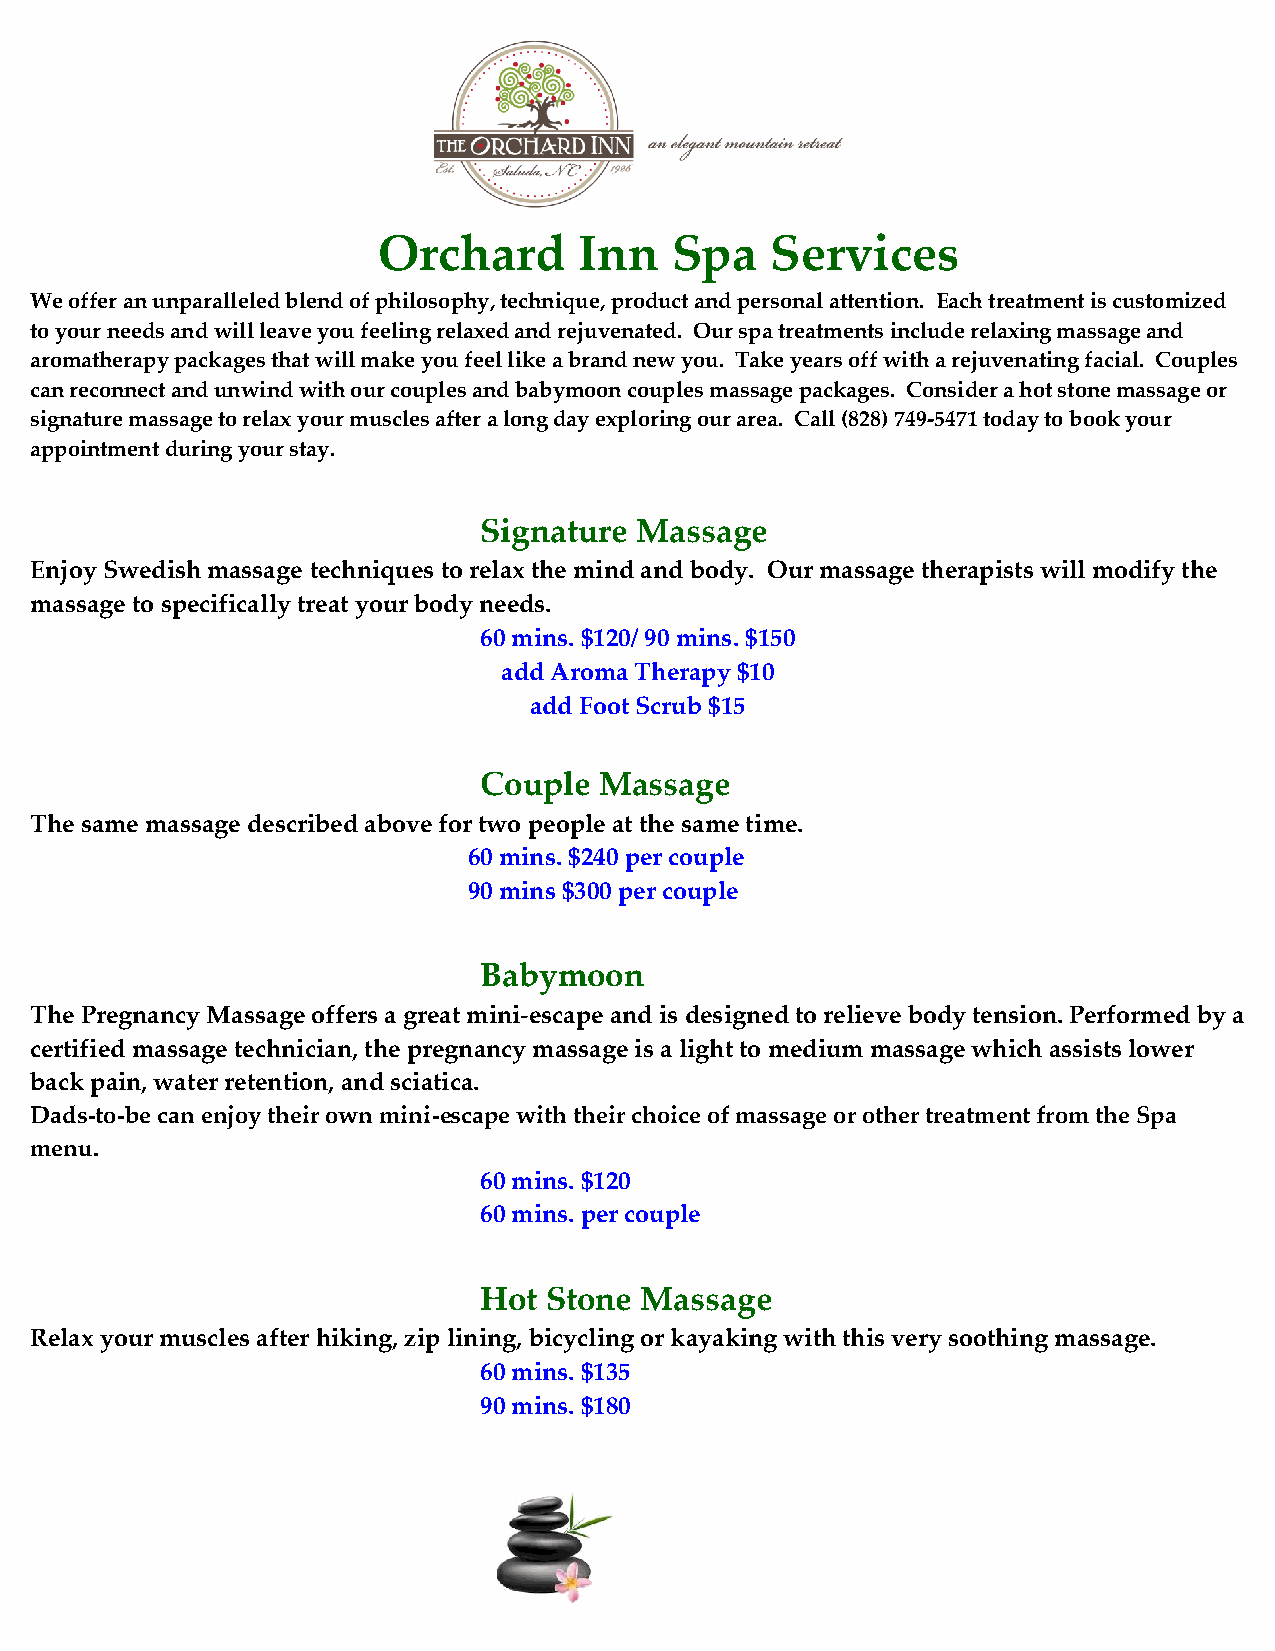
Orchard      Inn   Spa    Services
 We offer an unparalleled blend of philosophy, technique, product and personal attention. Each treatment is customized
 to your needs and will leave you feeling relaxed and rejuvenated. Our spa treatments include relaxing massage and
 aromatherapy packages that will make you feel like a brand new you. Take years off with a rejuvenating facial. Couples
 can reconnect and unwind with our couples and babymoon couples massage packages. Consider a hot stone massage or
 signature massage to relax your muscles after a long day exploring our area. Call (828) 749-5471 today to book your
 appointment during your stay.
 Signature Massage
 Enjoy Swedish massage techniques to relax the mind and body. Our massage therapists will modify the
 massage to specifically treat your body needs.
 60 mins. $120/ 90 mins. $150
 add Aroma Therapy $10
 add Foot Scrub $15
 Couple  Massage
 The same massage described above for two people at the same time.
 60 mins. $240 per couple
 90 mins $300 per couple
 Babymoon
 The Pregnancy Massage offers a great mini-escape and is designed to relieve body tension. Performed by a
 certified massage technician, the pregnancy massage is a light to medium massage which assists lower
 back pain, water retention, and sciatica.
 Dads-to-be can enjoy their own mini-escape with their choice of massage or other treatment from the Spa
 menu.
 60 mins. $120
 60 mins. per couple
 Hot Stone Massage
 Relax your muscles after hiking, zip lining, bicycling or kayaking with this very soothing massage.
 60 mins. $135
 90 mins. $180